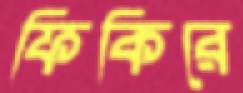
ফিকিরে